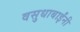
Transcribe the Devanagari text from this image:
वसुधाबाईंनी